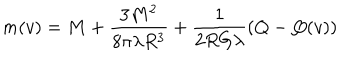
m ( v ) = M + \frac { 3 M ^ { 2 } } { 8 \pi \lambda R ^ { 3 } } + \frac { 1 } { 2 R G \lambda } \left( Q - Q ( v ) \right)